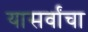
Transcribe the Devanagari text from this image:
यासर्वांचा